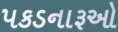
પકડનારૂઓ